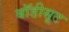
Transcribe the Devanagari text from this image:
बॉडीसूट